Source: Handwritten
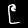
Digit: ၉ (9)